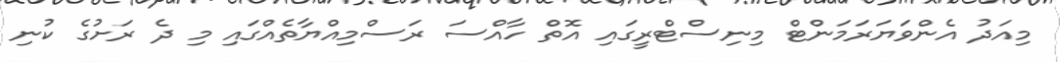
މިއަދު އެންވަޔަރަމަންޓް މިނިސްޓްރީގައި އޮތް ހާއްސަ ރަސްމިއްޔާތެއްގައި މި ދެ ރަށުގެ ކުނި